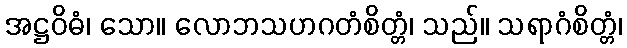
အဋ္ဌဝိဓံ၊ သော။ လောဘသဟဂတံစိတ္တံ၊ သည်။ သရာဂံစိတ္တံ၊